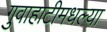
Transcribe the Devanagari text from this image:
गुवाहाटीमधल्या